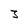
Character: 3